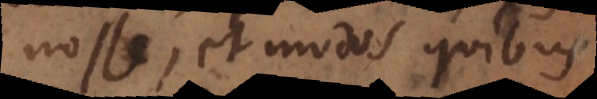
nosse, et modos, quibus